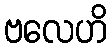
ဗလေဟိ